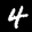
Label: 4